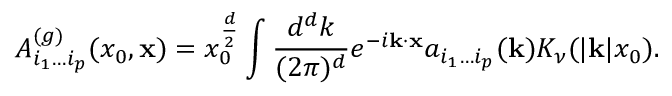
A _ { i _ { 1 } \ldots i _ { p } } ^ { ( g ) } ( x _ { 0 } , { \bf x } ) = x _ { 0 } ^ { \frac { d } { 2 } } \int { \frac { d ^ { d } k } { ( 2 \pi ) ^ { d } } } e ^ { - i { \bf k } \cdot { \bf x } } a _ { i _ { 1 } \ldots i _ { p } } ( { \bf k } ) K _ { \nu } ( | { \bf k } | x _ { 0 } ) .